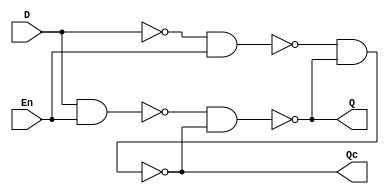
module D_Latch(
    input D,En,
    output Q,Qc
    );
    wire w1,w2,w3;
    not(w2,D);
    nand(w1,D,En);
    nand(w3,w2,En);
    nand(Q,w1,Qc);
    nand(Qc,w3,Q);
endmodule